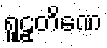
ရူဠှတိဏေ